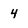
Character: 4